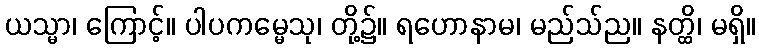
ယသ္မာ၊ ကြောင့်။ ပါပကမ္မေသု၊ တို့၌။ ရဟောနာမ၊ မည်သ်ည။ နတ္ထိ၊ မရှိ။